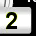
Digit: 2